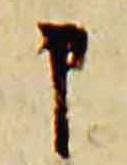
申